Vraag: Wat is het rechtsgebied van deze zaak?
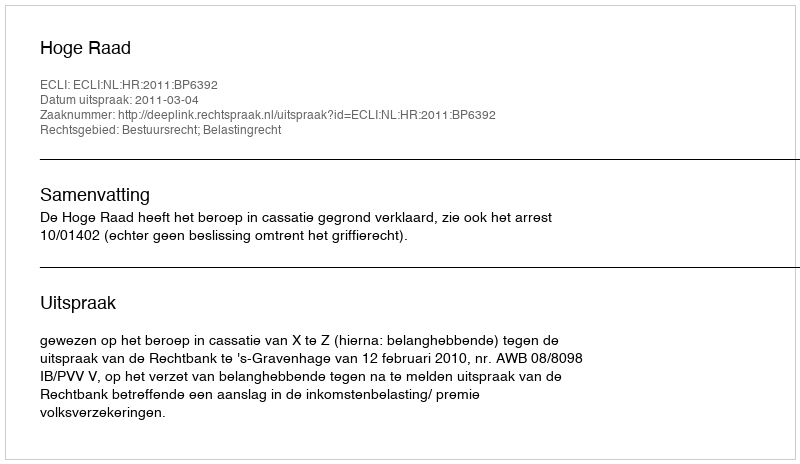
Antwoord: Bestuursrecht; Belastingrecht